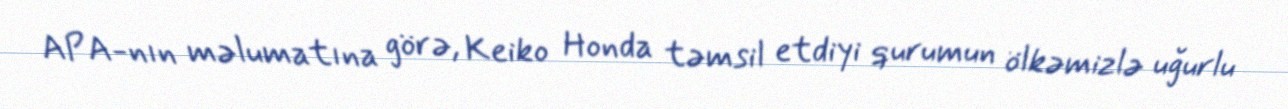
APA-nın məlumatına görə, Keiko Honda təmsil etdiyi qurumun ölkəmizlə uğurlu